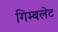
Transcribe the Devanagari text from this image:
गिम्बलेट